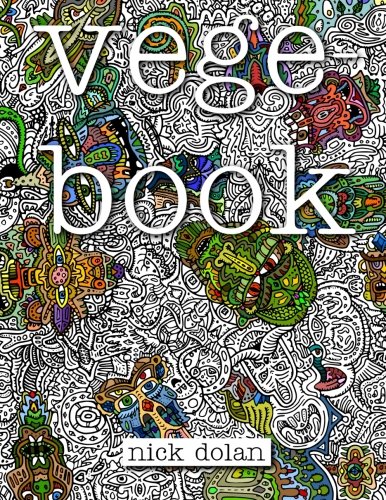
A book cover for Vegebook: A Curious Coloring Book for Peculiar People; Nick Dolan; Arts & Photography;